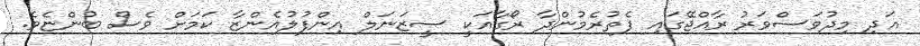
އަދި މިދުވަސްވަރު ރާއްޖޭގައި ފެތުރެމުންދާ ރޯގާއަކީ ސީޒަނަލް އިންފުލުއެންޒާ ކަމަށް ވެސް ބުންޏެވެ.